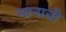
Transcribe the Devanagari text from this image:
भानाची